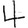
Digit: 4